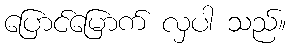
ပြောင်မြောက် လှပါ သည်။